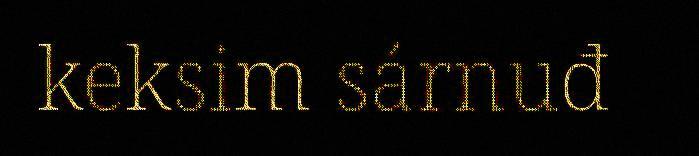
keksim sárnuđ